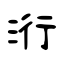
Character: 洐